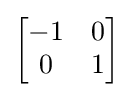
{\begin{bmatrix}-1&0\\0&1\end{bmatrix}}